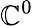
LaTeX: \mathbb{C}^{0}